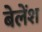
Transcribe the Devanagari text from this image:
बेलेंश